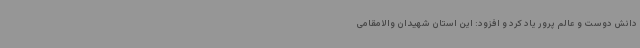
دانش دوست و عالم پرور یاد کرد و افزود: این استان شهیدان والامقامی